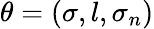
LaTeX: \theta=\left(\sigma,l,\sigma_{n}\right)